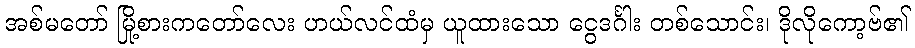
အစ်မတော် မြို့စားကတော်လေး ဟယ်လင်ထံမှ ယူထားသော ငွေဒင်္ဂါး တစ်သောင်း၊ ဒိုလိုကော့ဗ်၏